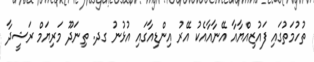
ތުހުމަތުގައި ފައުޒިއްޔާއާ އޭނާއާއެކު އޭރު އިންޑިއާގައި އުޅުނު ގދ. ތިނަދޫ މަރިޔަމް ރަޝީދާ